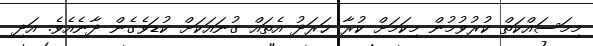
މިމަސައްކަތް ކުރުވުމުން މިކަމަށް ކުރާ ޚަރަދު އެތައް ގުނައަކަށް ކުޑަވެގެން ދާނެއެވެ. އަދި